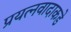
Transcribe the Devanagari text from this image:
प्रयत्‍नवादाकडे